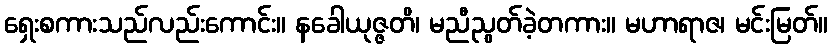
ရှေးစကားသည်လည်းကောင်း။ နခေါယုဇ္ဇတိ၊ မညီညွတ်ခဲ့တကား။ မဟာရာဇ၊ မင်းမြတ်။